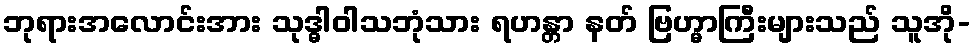
ဘုရားအလောင်းအား သုဒ္ဓါဝါသဘုံသား ရဟန္တာ နတ် ဗြဟ္မာကြီးများသည် သူအို-